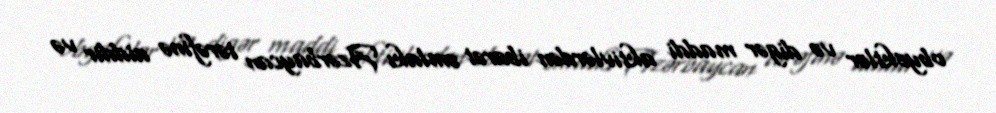
obyektlər və digər maddi aktivlərdən ibarət əmlakı Azərbaycan tərəfinə aiddir və